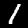
Label: 1